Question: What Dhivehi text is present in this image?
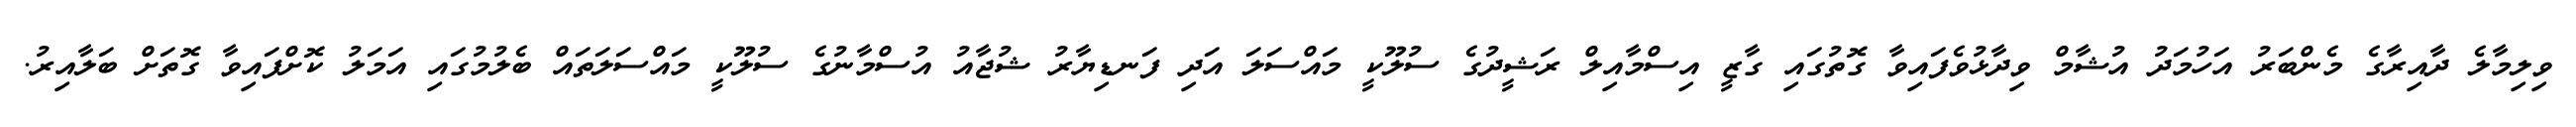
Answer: ވިލިމާލެ ދާއިރާގެ މެންބަރު އަހުމަދު އުޝާމް ވިދާޅުވެފައިވާ ގޮތުގައި ގާޒީ އިސްމާއިލް ރަޝީދުގެ ސުލޫކީ މައްސަލަ އަދި ފަނޑިޔާރު ޝުޖާއު އުސްމާނުގެ ސުލޫކީ މައްސަލަތައް ބެލުމުގައި އަމަލު ކޮށްފައިވާ ގޮތަށް ބަލާއިރު.